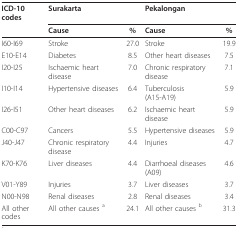
| ICD-10 codes | <COLSPAN=2> Surakarta | <COLSPAN=2> Pekalongan |
 |  | Cause | % | Cause | % |
 | --- | --- | --- | --- | --- |
 | I60-I69 | Stroke | 27.0 | Stroke | 19.9 |
 | E10-E14 | Diabetes | 8.5 | Other heart diseases | 7.5 |
 | I20-I25 | Ischaemic heart disease | 7.0 | Chronic respiratory disease | 7.1 |
 | I10-I14 | Hypertensive diseases | 6.4 | Tuberculosis (A15-A19) | 5.9 |
 | I26-I51 | Other heart diseases | 6.2 | Ischaemic heart disease | 5.9 |
 | C00-C97 | Cancers | 5.5 | Hypertensive diseases | 5.9 |
 | J40-J47 | Chronic respiratory disease | 4.4 | Injuries | 4.7 |
 | K70-K76 | Liver diseases | 4.4 | Diarrhoeal diseases (A09) | 4.6 |
 | V01-Y89 | Injuries | 3.7 | Liver diseases | 3.7 |
 | N00-N98 | Renal diseases | 2.8 | Renal diseases | 3.4 |
 | All other codes | All other causes a | 24.1 | All other causes b | 31.3 |